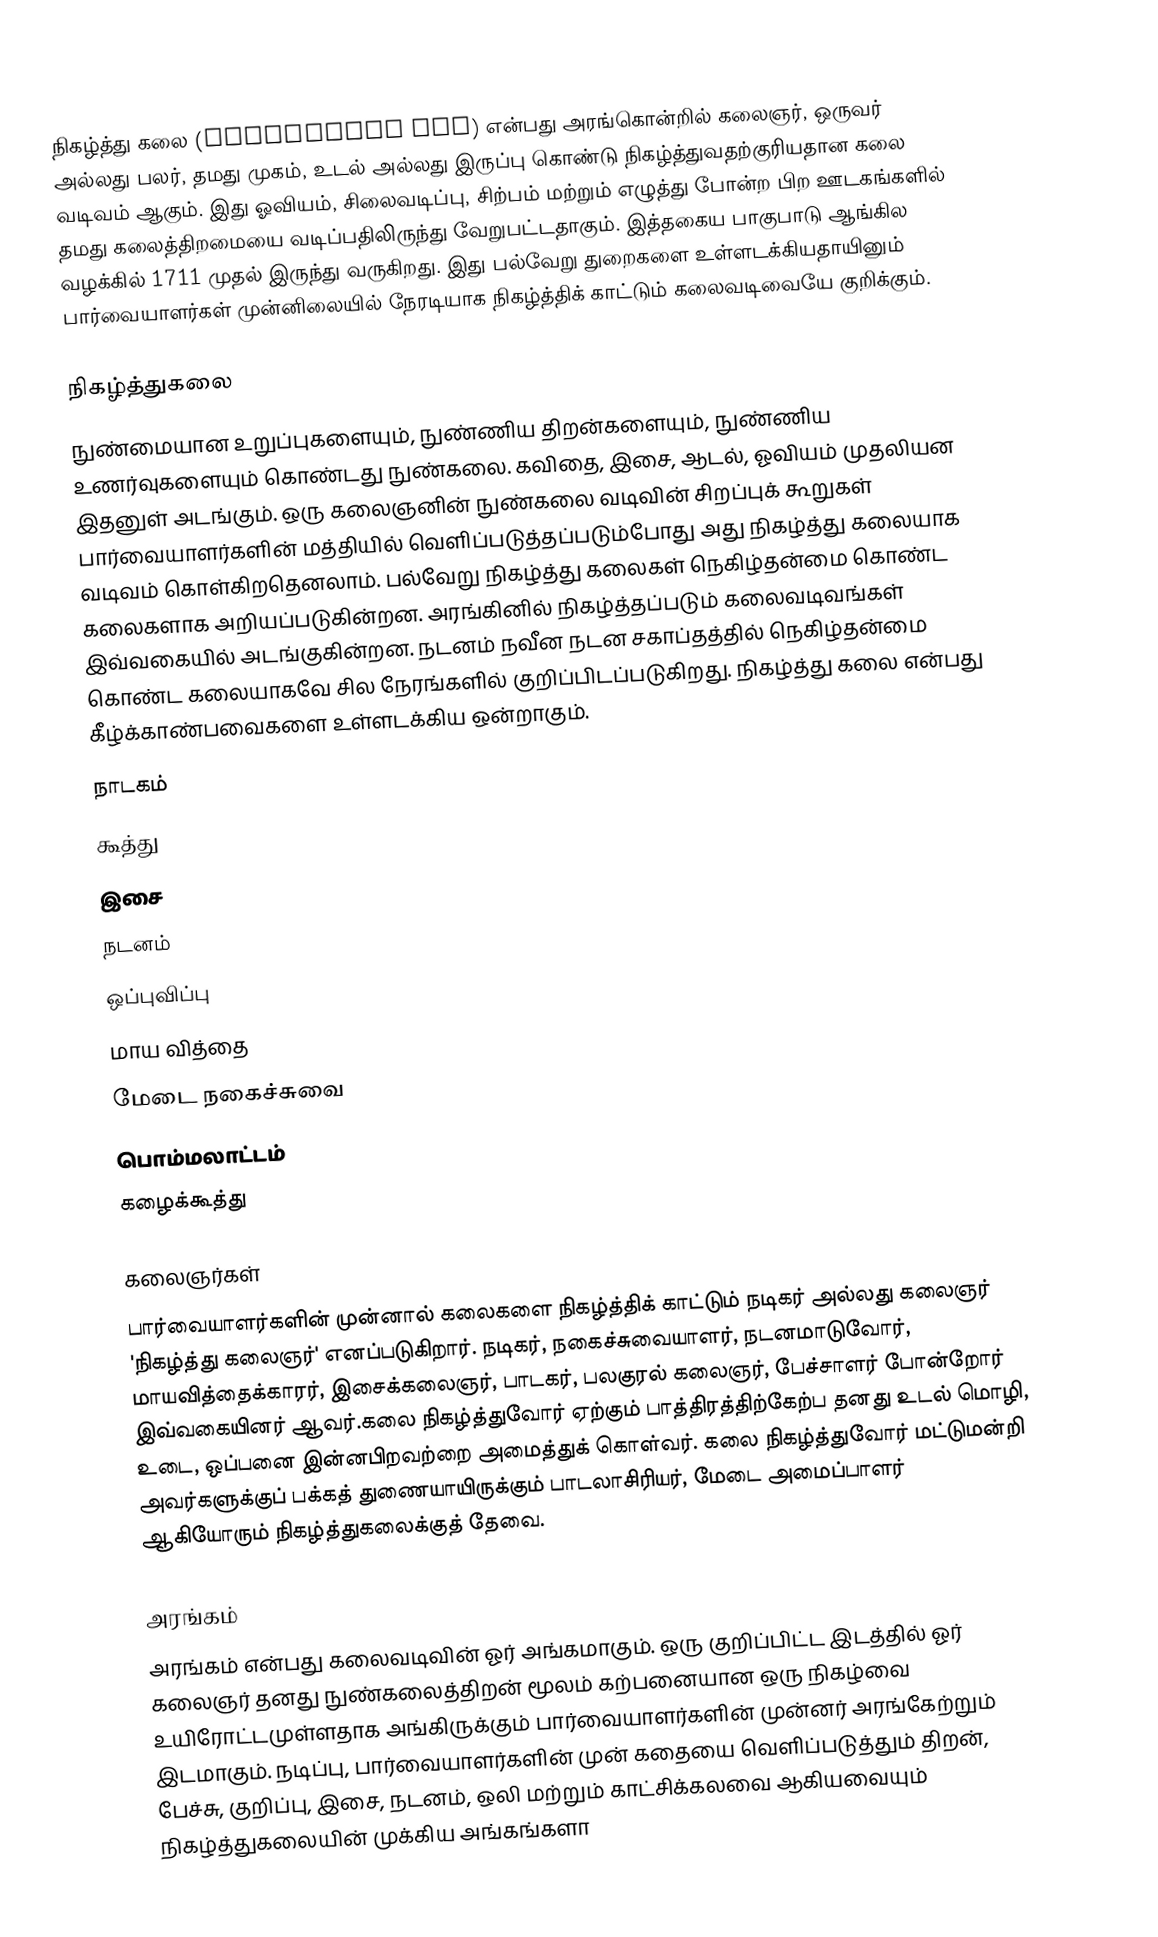
நிகழ்த்து கலை (performing art) என்பது அரங்கொன்றில் கலைஞர், ஒருவர் அல்லது பலர், தமது முகம், உடல் அல்லது இருப்பு கொண்டு நிகழ்த்துவதற்குரியதான கலை வடிவம் ஆகும். இது ஓவியம், சிலைவடிப்பு, சிற்பம் மற்றும் எழுத்து போன்ற பிற ஊடகங்களில் தமது கலைத்திறமையை வடிப்பதிலிருந்து வேறுபட்டதாகும். இத்தகைய பாகுபாடு ஆங்கில வழக்கில் 1711 முதல் இருந்து வருகிறது. இது பல்வேறு துறைகளை உள்ளடக்கியதாயினும் பார்வையாளர்கள் முன்னிலையில் நேரடியாக நிகழ்த்திக் காட்டும் கலைவடிவையே குறிக்கும்.

நிகழ்த்துகலை
நுண்மையான உறுப்புகளையும், நுண்ணிய திறன்களையும், நுண்ணிய உணர்வுகளையும் கொண்டது நுண்கலை. கவிதை, இசை, ஆடல், ஓவியம் முதலியன இதனுள் அடங்கும். ஒரு கலைஞனின் நுண்கலை வடிவின் சிறப்புக் கூறுகள் பார்வையாளர்களின் மத்தியில் வெளிப்படுத்தப்படும்போது அது நிகழ்த்து கலையாக வடிவம் கொள்கிறதெனலாம். பல்வேறு நிகழ்த்து கலைகள் நெகிழ்தன்மை கொண்ட கலைகளாக அறியப்படுகின்றன. அரங்கினில் நிகழ்த்தப்படும் கலைவடிவங்கள்  இவ்வகையில் அடங்குகின்றன. நடனம் நவீன நடன சகாப்தத்தில் நெகிழ்தன்மை கொண்ட கலையாகவே சில நேரங்களில் குறிப்பிடப்படுகிறது. நிகழ்த்து கலை என்பது கீழ்க்காண்பவைகளை உள்ளடக்கிய ஒன்றாகும்.
 நாடகம்
 கூத்து
 இசை
 நடனம்
 ஒப்புவிப்பு
 மாய வித்தை
 மேடை நகைச்சுவை
 பொம்மலாட்டம்
  கழைக்கூத்து

கலைஞர்கள்
பார்வையாளர்களின் முன்னால் கலைகளை நிகழ்த்திக் காட்டும் நடிகர் அல்லது கலைஞர் 'நிகழ்த்து கலைஞர்' எனப்படுகிறார். நடிகர், நகைச்சுவையாளர், நடனமாடுவோர், மாயவித்தைக்காரர், இசைக்கலைஞர், பாடகர், பலகுரல் கலைஞர், பேச்சாளர் போன்றோர் இவ்வகையினர் ஆவர்.கலை நிகழ்த்துவோர் ஏற்கும் பாத்திரத்திற்கேற்ப தனது உடல் மொழி, உடை, ஒப்பனை இன்னபிறவற்றை அமைத்துக் கொள்வர். கலை நிகழ்த்துவோர் மட்டுமன்றி அவர்களுக்குப் பக்கத் துணையாயிருக்கும் பாடலாசிரியர், மேடை அமைப்பாளர் ஆகியோரும் நிகழ்த்துகலைக்குத் தேவை.

அரங்கம்
 அரங்கம் என்பது கலைவடிவின் ஓர் அங்கமாகும். ஒரு குறிப்பிட்ட இடத்தில் ஓர் கலைஞர் தனது நுண்கலைத்திறன் மூலம் கற்பனையான ஒரு நிகழ்வை உயிரோட்டமுள்ளதாக அங்கிருக்கும் பார்வையாளர்களின் முன்னர் அரங்கேற்றும் இடமாகும்.    நடிப்பு, பார்வையாளர்களின் முன் கதையை வெளிப்படுத்தும் திறன், பேச்சு, குறிப்பு, இசை, நடனம், ஒலி மற்றும் காட்சிக்கலவை ஆகியவையும் நிகழ்த்துகலையின் முக்கிய அங்கங்களா